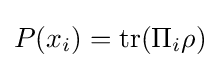
P(x_{i})=\operatorname {tr} (\Pi _{i}\rho )